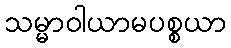
သမ္မာဝါယာမပစ္စယာ